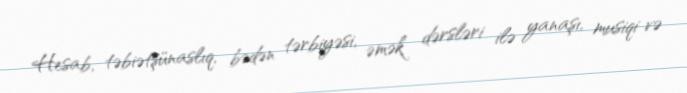
Hesab, təbiətşünaslıq, bədən tərbiyəsi, əmək dərsləri ilə yanaşı, musiqi və